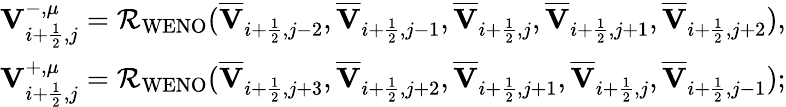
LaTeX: \begin{array}{r}{{\mathbf{V}}_{i+\frac{1}{2},j}^{-,\mu}=\mathcal{R}_{\mathrm{WENO}}(\overline{{\mathbf{V}}}_{i+\frac{1}{2},j-2},\overline{{\mathbf{V}}}_{i+\frac{1}{2},j-1},\overline{{\mathbf{V}}}_{i+\frac{1}{2},j},\overline{{\mathbf{V}}}_{i+\frac{1}{2},j+1},\overline{{\mathbf{V}}}_{i+\frac{1}{2},j+2}),}\\ {{\mathbf{V}}_{i+\frac{1}{2},j}^{+,\mu}=\mathcal{R}_{\mathrm{WENO}}(\overline{{\mathbf{V}}}_{i+\frac{1}{2},j+3},\overline{{\mathbf{V}}}_{i+\frac{1}{2},j+2},\overline{{\mathbf{V}}}_{i+\frac{1}{2},j+1},\overline{{\mathbf{V}}}_{i+\frac{1}{2},j},\overline{{\mathbf{V}}}_{i+\frac{1}{2},j-1});}\end{array}